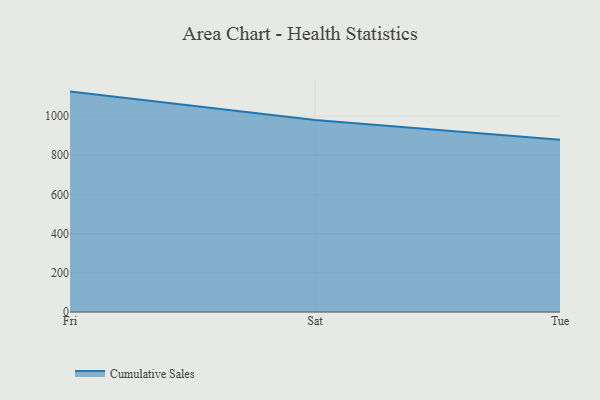
{"axis": {"x": "Day", "y": "Tickets Resolved"}, "legend": ["Cumulative Sales"], "data": [{"x": "Fri", "y": 1124.7, "type": "Cumulative Sales"}, {"x": "Sat", "y": 979.8, "type": "Cumulative Sales"}, {"x": "Tue", "y": 879.0, "type": "Cumulative Sales"}]}